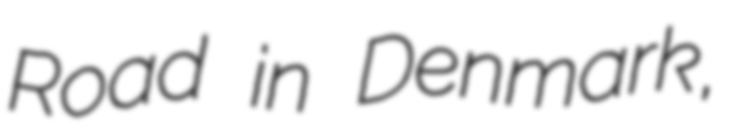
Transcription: Road in Denmark,